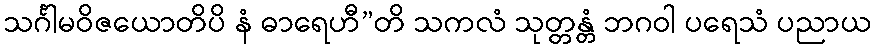
သင်္ဂါမဝိဇယောတိပိ နံ ဓာရေဟီ”တိ သကလံ သုတ္တန္တံ ဘဂဝါ ပရေသံ ပညာယ